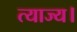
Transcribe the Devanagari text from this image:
त्याज्य।